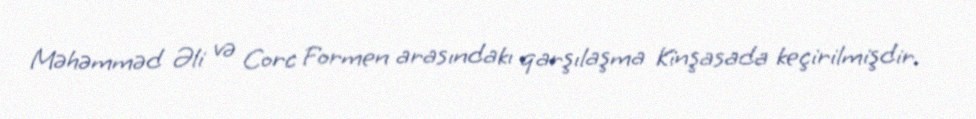
Məhəmməd Əli və Corc Formen arasındakı qarşılaşma Kinşasada keçirilmişdir.